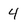
Character: 4